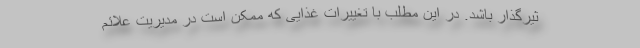
ثیرگذار باشد. در این مطلب با تغییرات غذایی که ممکن است در مدیریت علائم